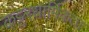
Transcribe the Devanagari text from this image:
कट्टरधार्मिकता